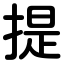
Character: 提